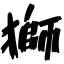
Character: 獅